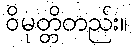
ဝိမုတ္တိတည်း။